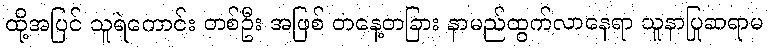
ထို့အပြင် သူရဲကောင်း တစ်ဦး အဖြစ် တနေ့တခြား နာမည်ထွက်လာနေရာ သူနာပြုဆရာမ